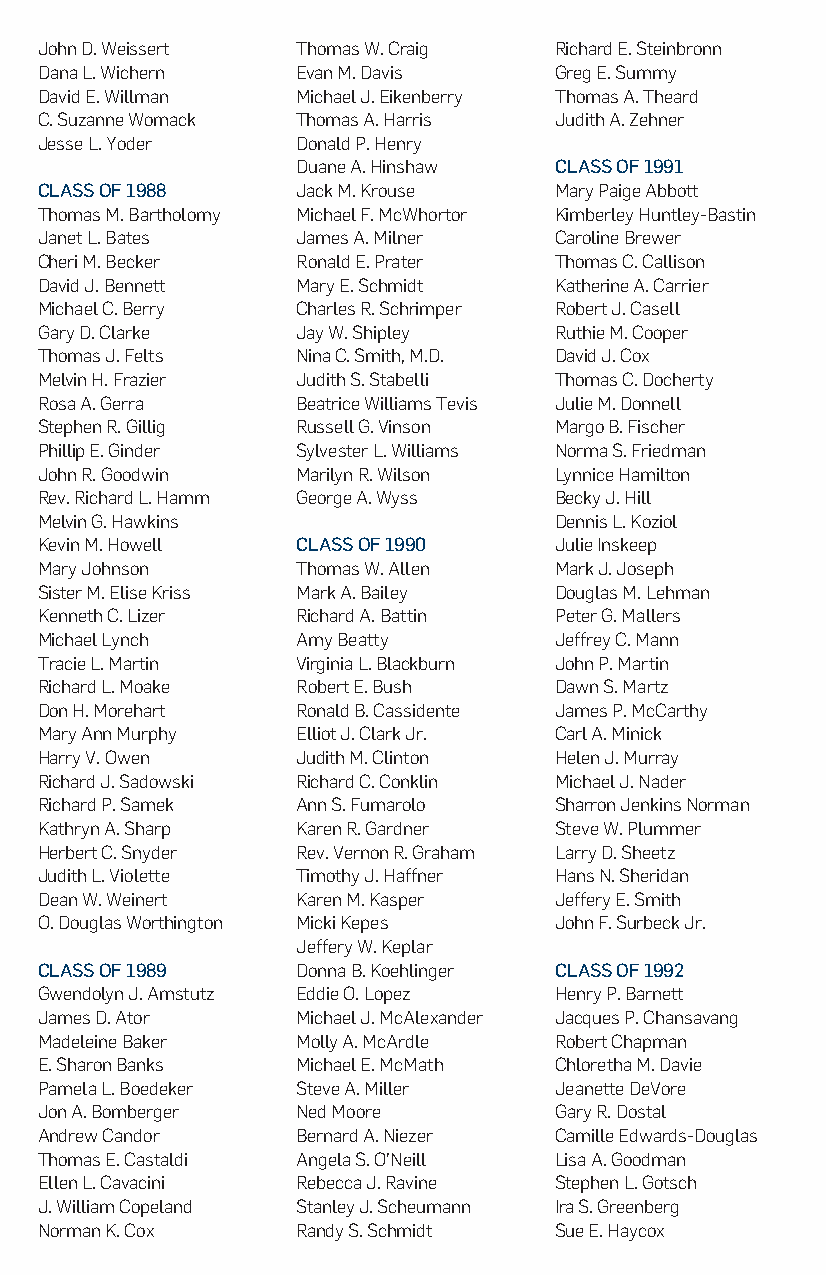
John D. Weissert  Thomas W. Craig  Richard E. Steinbronn
 Dana L. Wichern   Evan M. Davis    Greg E. Summy
 David E. Willman  Michael J. Eikenberry Thomas A. Theard
 C. Suzanne Womack Thomas A. Harris Judith A. Zehner
 Jesse L. Yoder    Donald P. Henry
 Duane A. Hinshaw CLASS OF 1991
 CLASS OF 1988     Jack M. Krouse   Mary Paige Abbott
 Thomas M. Bartholomy Michael F. McWhortor Kimberley Huntley-Bastin
 Janet L. Bates    James A. Milner  Caroline Brewer
 Cheri M. Becker   Ronald E. Prater Thomas C. Callison
 David J. Bennett  Mary E. Schmidt  Katherine A. Carrier
 Michael C. Berry  Charles R. Schrimper Robert J. Casell
 Gary D. Clarke    Jay W. Shipley   Ruthie M. Cooper
 Thomas J. Felts   Nina C. Smith, M.D. David J. Cox
 Melvin H. Frazier Judith S. Stabelli Thomas C. Docherty
 Rosa A. Gerra     Beatrice Williams Tevis Julie M. Donnell
 Stephen R. Gillig Russell G. Vinson Margo B. Fischer
 Phillip E. Ginder Sylvester L. Williams Norma S. Friedman
 John R. Goodwin   Marilyn R. Wilson Lynnice Hamilton
 Rev. Richard L. Hamm George A. Wyss Becky J. Hill
 Melvin G. Hawkins                  Dennis L. Koziol
 Kevin M. Howell   CLASS OF 1990    Julie Inskeep
 Mary Johnson      Thomas W. Allen  Mark J. Joseph
 Sister M. Elise Kriss Mark A. Bailey Douglas M. Lehman
 Kenneth C. Lizer  Richard A. Battin Peter G. Mallers
 Michael Lynch     Amy Beatty       Jeffrey C. Mann
 Tracie L. Martin  Virginia L. Blackburn John P. Martin
 Richard L. Moake  Robert E. Bush   Dawn S. Martz
 Don H. Morehart   Ronald B. Cassidente James P. McCarthy
 Mary Ann Murphy   Elliot J. Clark Jr. Carl A. Minick
 Harry V. Owen     Judith M. Clinton Helen J. Murray
 Richard J. Sadowski Richard C. Conklin Michael J. Nader
 Richard P. Samek  Ann S. Fumarolo  Sharron Jenkins Norman
 Kathryn A. Sharp  Karen R. Gardner Steve W. Plummer
 Herbert C. Snyder Rev. Vernon R. Graham Larry D. Sheetz
 Judith L. Violette Timothy J. Haffner Hans N. Sheridan
 Dean W. Weinert   Karen M. Kasper  Jeffery E. Smith
 O. Douglas Worthington Micki Kepes John F. Surbeck Jr.
 Jeffery W. Keplar
 CLASS OF 1989     Donna B. Koehlinger CLASS OF 1992
 Gwendolyn J. Amstutz Eddie O. Lopez Henry P. Barnett
 James D. Ator     Michael J. McAlexander Jacques P. Chansavang
 Madeleine Baker   Molly A. McArdle Robert Chapman
 E. Sharon Banks   Michael E. McMath Chloretha M. Davie
 Pamela L. Boedeker Steve A. Miller Jeanette DeVore
 Jon A. Bomberger  Ned Moore        Gary R. Dostal
 Andrew Candor     Bernard A. Niezer Camille Edwards-Douglas
 Thomas E. Castaldi Angela S. O’Neill Lisa A. Goodman
 Ellen L. Cavacini Rebecca J. Ravine Stephen L. Gotsch
 J. William Copeland Stanley J. Scheumann Ira S. Greenberg
 Norman K. Cox     Randy S. Schmidt Sue E. Haycox